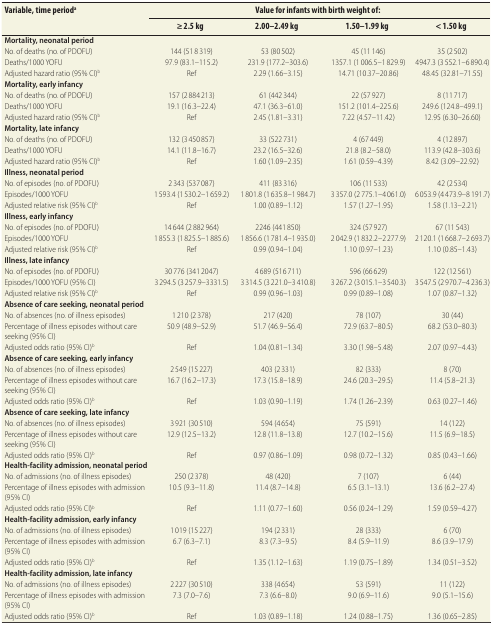
<table><thead><tr><td rowspan="2"><b>Variable, time period<sup>a</sup></b></td><td colspan="4"><b>Value for infants with birth weight of:</b></td></tr><tr><td><b>≥ 2.5 kg</b></td><td><b>2.00–2.49 kg</b></td><td><b>1.50–1.99 kg</b></td><td><b>&lt; 1.50 kg</b></td></tr></thead><tbody><tr><td><b>Mortality, neonatal period</b></td><td></td><td></td><td></td><td></td></tr><tr><td>No. of deaths (no. of PDOFU)</td><td>144 (51 8 319)</td><td>53 (80 502)</td><td>45 (11 146)</td><td>35 (2 502)</td></tr><tr><td>Deaths/1000 YOFU</td><td>97.9 (83.1–115.2)</td><td>231.9 (177.2–303.6)</td><td>1357.1 (1 006.5–1 829.9)</td><td>4947.3 (3 552.1–6 890.4)</td></tr><tr><td>Adjusted hazard ratio (95% CI)<sup>b</sup></td><td>Ref</td><td>2.29 (1.66–3.15)</td><td>14.71 (10.37–20.86)</td><td>48.45 (32.81–71.55)</td></tr><tr><td><b>Mortality, early infancy</b></td><td></td><td></td><td></td><td></td></tr><tr><td>No. of deaths (no. of PDOFU)</td><td>157 (2 884 213)</td><td>61 (442 344)</td><td>22 (57 927)</td><td>8 (11 717)</td></tr><tr><td>Deaths/1000 YOFU</td><td>19.1 (16.3–22.4)</td><td>47.1 (36.3–61.0)</td><td>151.2 (101.4–225.6)</td><td>249.6 (124.8–499.1)</td></tr><tr><td>Adjusted hazard ratio (95% CI)<sup>b</sup></td><td>Ref</td><td>2.45 (1.81–3.31)</td><td>7.22 (4.57–11.42)</td><td>12.95 (6.30–26.60)</td></tr><tr><td><b>Mortality, late infancy</b></td><td></td><td></td><td></td><td></td></tr><tr><td>No. of deaths (no. of PDOFU)</td><td>132 (3 450 857)</td><td>33 (522 731)</td><td>4 (67 449)</td><td>4 (12 897)</td></tr><tr><td>Deaths/1000 YOFU</td><td>14.1 (11.8–16.7)</td><td>23.2 (16.5–32.6)</td><td>21.8 (8.2–58.0)</td><td>113.9 (42.8–303.6)</td></tr><tr><td>Adjusted hazard ratio (95% CI)<sup>b</sup></td><td>Ref</td><td>1.60 (1.09–2.35)</td><td>1.61 (0.59–4.39)</td><td>8.42 (3.09–22.92)</td></tr><tr><td><b>Illness, neonatal period</b></td><td></td><td></td><td></td><td></td></tr><tr><td>No. of episodes (no. of PDOFU)</td><td>2 343 (537 087)</td><td>411 (83 316)</td><td>106 (11 533)</td><td>42 (2 534)</td></tr><tr><td>Episodes/1000 YOFU</td><td>1 593.4 (1 530.2–1 659.2)</td><td>1 801.8 (1 635.8–1 984.7)</td><td>3 357.0 (2 775.1–4 061.0)</td><td>6 053.9 (4 473.9–8 191.7)</td></tr><tr><td>Adjusted relative risk (95% CI)<sup>b</sup></td><td>Ref</td><td>1.00 (0.89–1.12)</td><td>1.57 (1.27–1.95)</td><td>1.58 (1.13–2.21)</td></tr><tr><td><b>Illness, early infancy</b></td><td></td><td></td><td></td><td></td></tr><tr><td>No. of episodes (no. of PDOFU)</td><td>14 644 (2 882 964)</td><td>2246 (441 850)</td><td>324 (57 927)</td><td>67 (11 543)</td></tr><tr><td>Episodes/1000 YOFU</td><td>1 855.3 (1 825.5–1 885.6)</td><td>1 856.6 (1 781.4–1 935.0)</td><td>2 042.9 (1 832.2–2 277.9)</td><td>2 120.1 (1 668.7–2 693.7)</td></tr><tr><td>Adjusted relative risk (95% CI)<sup>b</sup></td><td>Ref</td><td>0.99 (0.94–1.04)</td><td>1.10 (0.97–1.23)</td><td>1.10 (0.85–1.43)</td></tr><tr><td><b>Illness, late infancy</b></td><td></td><td></td><td></td><td></td></tr><tr><td>No. of episodes (no. of PDOFU)</td><td>30 776 (341 2047)</td><td>4 689 (516 711)</td><td>596 (66 629)</td><td>122 (12 561)</td></tr><tr><td>Episodes/1000 YOFU (95% CI)</td><td>3 294.5 (3 257.9–3331.5)</td><td>3 314.5 (3 221.0–3 410.8)</td><td>3 267.2 (3 015.1–3 540.3)</td><td>3 547.5 (2 970.7–4 236.3)</td></tr><tr><td>Adjusted relative risk (95% CI)<sup>b</sup></td><td>Ref</td><td>0.99 (0.96–1.03)</td><td>0.99 (0.89–1.08)</td><td>1.07 (0.87–1.32)</td></tr><tr><td><b>Absence of care seeking, neonatal period</b></td><td></td><td></td><td></td><td></td></tr><tr><td>No. of absences (no. of illness episodes)</td><td>1 210 (2 378)</td><td>217 (420)</td><td>78 (107)</td><td>30 (44)</td></tr><tr><td>Percentage of illness episodes without care seeking (95% CI)</td><td>50.9 (48.9–52.9)</td><td>51.7 (46.9–56.4)</td><td>72.9 (63.7–80.5)</td><td>68.2 (53.0–80.3)</td></tr><tr><td>Adjusted odds ratio (95% CI)<sup>b</sup></td><td>Ref</td><td>1.04 (0.81–1.34)</td><td>3.30 (1.98–5.48)</td><td>2.07 (0.97–4.43)</td></tr><tr><td><b>Absence of care seeking, early infancy</b></td><td></td><td></td><td></td><td></td></tr><tr><td>No. of absences (no. of illness episodes)</td><td>2 549 (15 227)</td><td>403 (2 331)</td><td>82 (333)</td><td>8 (70)</td></tr><tr><td>Percentage of illness episodes without care seeking (95% CI)</td><td>16.7 (16.2–17.3)</td><td>17.3 (15.8–18.9)</td><td>24.6 (20.3–29.5)</td><td>11.4 (5.8–21.3)</td></tr><tr><td>Adjusted odds ratio (95% CI)<sup>b</sup></td><td>Ref</td><td>1.03 (0.90–1.19)</td><td>1.74 (1.26–2.39)</td><td>0.63 (0.27–1.46)</td></tr><tr><td><b>Absence of care seeking, late infancy</b></td><td></td><td></td><td></td><td></td></tr><tr><td>No. of absences (no. of illness episodes)</td><td>3 921 (30 510)</td><td>594 (4 654)</td><td>75 (591)</td><td>14 (122)</td></tr><tr><td>Percentage of illness episodes without care seeking (95% CI)</td><td>12.9 (12.5–13.2)</td><td>12.8 (11.8–13.8)</td><td>12.7 (10.2–15.6)</td><td>11.5 (6.9–18.5)</td></tr><tr><td>Adjusted odds ratio (95% CI)<sup>b</sup></td><td>Ref</td><td>0.97 (0.86–1.09)</td><td>0.98 (0.72–1.32)</td><td>0.85 (0.43–1.66)</td></tr><tr><td><b>Health-facility admission, neonatal period</b></td><td></td><td></td><td></td><td></td></tr><tr><td>No. of admissions (no. of illness episodes)</td><td>250 (2 378)</td><td>48 (420)</td><td>7 (107)</td><td>6 (44)</td></tr><tr><td>Percentage of illness episodes with admission (95% CI)</td><td>10.5 (9.3–11.8)</td><td>11.4 (8.7–14.8)</td><td>6.5 (3.1–13.1)</td><td>13.6 (6.2–27.4)</td></tr><tr><td>Adjusted odds ratio (95% CI)<sup>b</sup></td><td>Ref</td><td>1.11 (0.77–1.60)</td><td>0.56 (0.24–1.29)</td><td>1.59 (0.59–4.27)</td></tr><tr><td><b>Health-facility admission, early infancy</b></td><td></td><td></td><td></td><td></td></tr><tr><td>No. of admissions (no. of illness episodes)</td><td>1 019 (15 227)</td><td>194 (2 331)</td><td>28 (333)</td><td>6 (70)</td></tr><tr><td>Percentage of illness episodes with admission (95% CI)</td><td>6.7 (6.3–7.1)</td><td>8.3 (7.3–9.5)</td><td>8.4 (5.9–11.9)</td><td>8.6 (3.9–17.9)</td></tr><tr><td>Adjusted odds ratio (95% CI)<sup>b</sup></td><td>Ref</td><td>1.35 (1.12–1.63)</td><td>1.19 (0.75–1.89)</td><td>1.34 (0.51–3.52)</td></tr><tr><td><b>Health-facility admission, late infancy</b></td><td></td><td></td><td></td><td></td></tr><tr><td>No. of admissions (no. of illness episodes)</td><td>2 227 (30 510)</td><td>338 (4 654)</td><td>53 (591)</td><td>11 (122)</td></tr><tr><td>Percentage of illness episodes with admission (95% CI)</td><td>7.3 (7.0–7.6)</td><td>7.3 (6.6–8.0)</td><td>9.0 (6.9–11.6)</td><td>9.0 (5.1–15.6)</td></tr><tr><td>Adjusted odds ratio (95% CI)<sup>b</sup></td><td>Ref</td><td>1.03 (0.89–1.18)</td><td>1.24 (0.88–1.75)</td><td>1.36 (0.65–2.85)</td></tr></tbody></table>